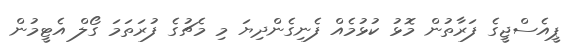
ޕީއެސްޖީގެ ފަރާތުން މޮޅު ކުޅުމެއް ފެނިގެންދިޔަ މި މެޗުގެ ފުރަތަމަ ގޯލް އެޓީމުން